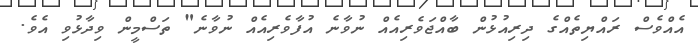
އެއްވެސް ރައްޔިތެއްގެ ދިރިއުޅުން ބާއްޖަވެރިއެއް ނުވާނެ އުފާވެރިއެއް ނުވާނެ" ތަސްމީން ވިދާޅުވި އެވެ.